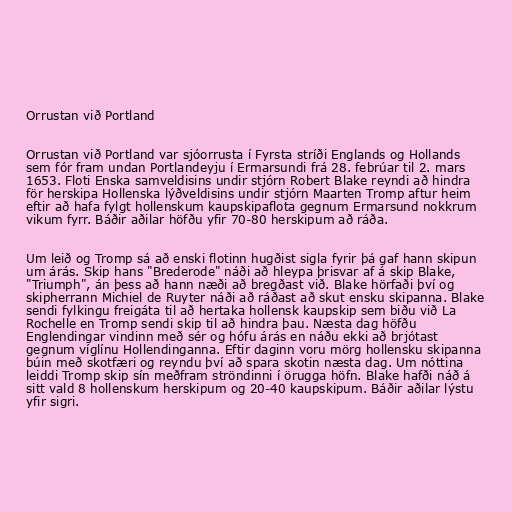
Orrustan við Portland

Orrustan við Portland var sjóorrusta í Fyrsta stríði Englands og Hollands
sem fór fram undan Portlandeyju í Ermarsundi frá 28. febrúar til 2. mars
1653. Floti Enska samveldisins undir stjórn Robert Blake reyndi að hindra
för herskipa Hollenska lýðveldisins undir stjórn Maarten Tromp aftur heim
eftir að hafa fylgt hollenskum kaupskipaflota gegnum Ermarsund nokkrum
vikum fyrr. Báðir aðilar höfðu yfir 70-80 herskipum að ráða.

Um leið og Tromp sá að enski flotinn hugðist sigla fyrir þá gaf hann skipun
um árás. Skip hans "Brederode" náði að hleypa þrisvar af á skip Blake,
"Triumph", án þess að hann næði að bregðast við. Blake hörfaði því og
skipherrann Michiel de Ruyter náði að ráðast að skut ensku skipanna. Blake
sendi fylkingu freigáta til að hertaka hollensk kaupskip sem biðu við La
Rochelle en Tromp sendi skip til að hindra þau. Næsta dag höfðu
Englendingar vindinn með sér og hófu árás en náðu ekki að brjótast
gegnum víglínu Hollendinganna. Eftir daginn voru mörg hollensku skipanna
búin með skotfæri og reyndu því að spara skotin næsta dag. Um nóttina
leiddi Tromp skip sín meðfram ströndinni í örugga höfn. Blake hafði náð á
sitt vald 8 hollenskum herskipum og 20-40 kaupskipum. Báðir aðilar lýstu
yfir sigri.